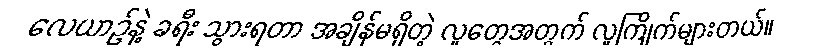
လေယာဉ်နဲ့ ခရီး သွားရတာ အချိန်မရှိတဲ့ လူတွေအတွက် လူကြိုက်များတယ်။